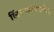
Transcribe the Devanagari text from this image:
लिंगभावातील